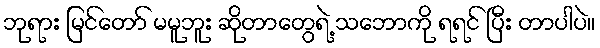
ဘုရား မြင်တော် မမူဘူး ဆိုတာတွေရဲ့ သဘောကို ရရင် ပြီး တာပါပဲ။